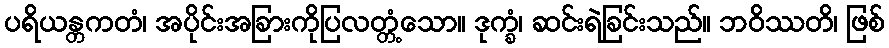
ပရိယန္တကတံ၊ အပိုင်းအခြားကိုပြလတ္တံ့သော။ ဒုက္ခံ၊ ဆင်းရဲခြင်းသည်။ ဘဝိဿတိ၊ ဖြစ်